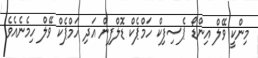
މިންކީ ވޭލް އިންޑޯ ޕެސިފިކް ހަމްޕެކް ޑޮލްފިން އަދި ހަމްޕެކް ވޭލް ހިމެނެއެވެ.